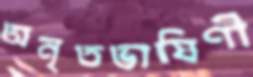
অনৃতভাষিণী